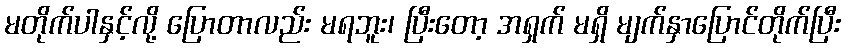
မတိုက်ပါနှင့်လို့ ပြောတာလည်း မရဘူး၊ ပြီးတော့ အရှက် မရှိ မျက်နှာပြောင်တိုက်ပြီး